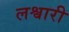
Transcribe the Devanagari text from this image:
लश्वारी